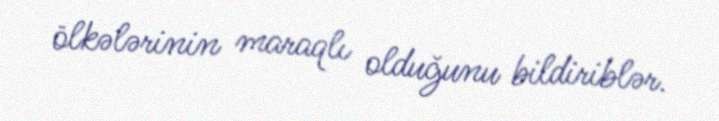
ölkələrinin maraqlı olduğunu bildiriblər.